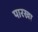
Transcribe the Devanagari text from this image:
पारखा